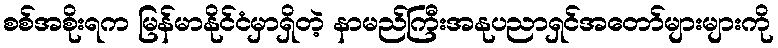
စစ်အစိုးရက မြန်မာနိုင်ငံမှာရှိတဲ့ နာမည်ကြီးအနုပညာရှင်အတော်များများကို